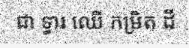
ជា ទ្វារ ឈើ កម្រិត ដី